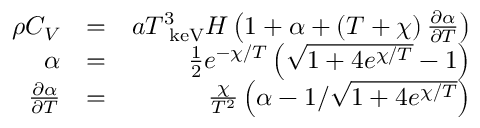
\begin{array} { r l r } { \rho C _ { V } } & { = } & { a T _ { \mathrm { ~ k e V } } ^ { 3 } H \left( 1 + \alpha + \left( T + \chi \right) \frac { \partial \alpha } { \partial T } \right) } \\ { \alpha } & { = } & { \frac { 1 } { 2 } e ^ { - \chi / T } \left( \sqrt { 1 + 4 e ^ { \chi / T } } - 1 \right) } \\ { \frac { \partial \alpha } { \partial T } } & { = } & { \frac { \chi } { T ^ { 2 } } \left( \alpha - 1 / \sqrt { 1 + 4 e ^ { \chi / T } } \right) } \end{array}